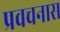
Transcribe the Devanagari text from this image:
प्रवचनास